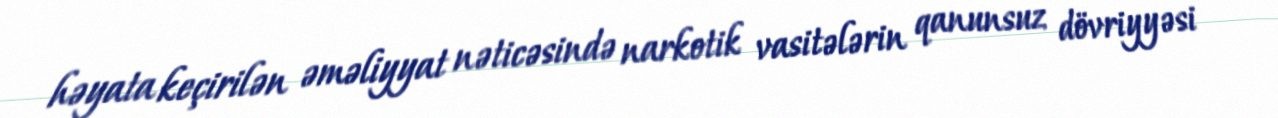
həyata keçirilən əməliyyat nəticəsində narkotik vasitələrin qanunsuz dövriyyəsi